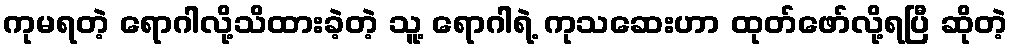
ကုမရတဲ့ ရောဂါလို့သိထားခဲ့တဲ့ သူ့ ရောဂါရဲ့ ကုသဆေးဟာ ထုတ်ဖော်လို့ရပြီ ဆိုတဲ့